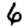
Digit: 6